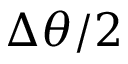
\Delta \theta / 2